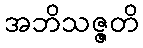
အဘိသဇ္ဇတိ